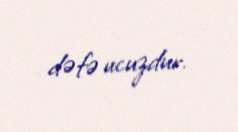
dəfə ucuzdur.